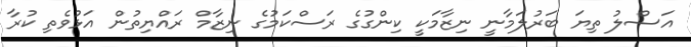
އަސްލު ތިޔަ ބަރުލަމާނީ ނިޒާމަކީ ކިންގުގެ ރަސްކަމުގެ ނިޒާމް ރައްޔިތުން އަޅުވެތި ކުރާ